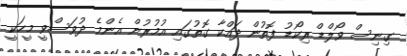
ގިނިސް ވޯލްޑް ރިކޯޑު ފޮތުން ދައްކާ ގޮތުގައި އުމުރުން އެންމެ ދުވަސްވީ މީހަކީ